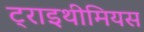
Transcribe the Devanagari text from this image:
ट्राइथीमियस